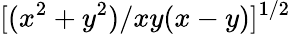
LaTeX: [(x^{2}+y^{2})/xy(x-y)]^{1/2}